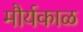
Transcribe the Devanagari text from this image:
मौर्यकाळ